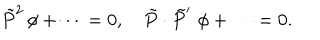
\tilde { P } ^ { 2 } \, \phi + \cdots = 0 , \quad \tilde { P } \cdot \tilde { P } ^ { \prime } \, \, \phi + \cdots = 0 .